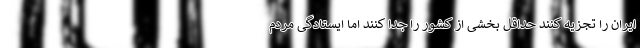
ایران را تجزیه کنند حداقل بخشی از کشور را جدا کنند اما ایستادگی مردم